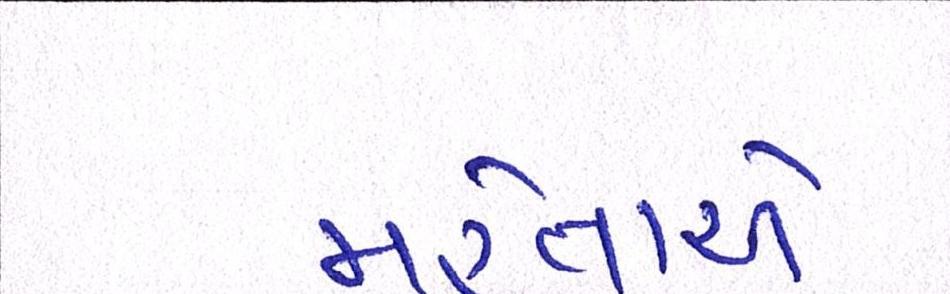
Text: મહેતાએ